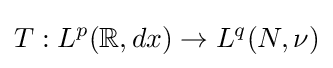
T:L^{p}(\mathbb {R} ,dx)\to L^{q}(N,\nu )